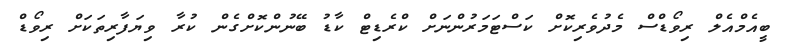
ބީއެމްއެލް ރިވޯޑްސް މެދުވެރިކޮށް ކަސްޓަމަރުންނަށް ކްރެޑިޓް ކާޑު ބޭނުންކޮށްގެން ކުރާ ވިޔަފާރިތަކަށް ރިވޯޑް